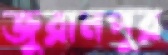
জুরানপুর